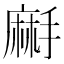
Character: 𪎚